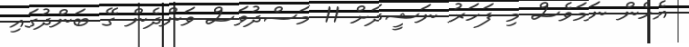
އެހެން ނަމަވެސް މި ފަހަރު ނަޝީދަށް 11 މަސްދުވަސް ވަންދެން ގޭ ބަންދުގައި